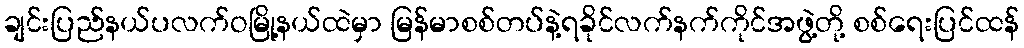
ချင်းပြည်နယ်ပလက်ဝမြို့နယ်ထဲမှာ မြန်မာစစ်တပ်နဲ့ရခိုင်လက်နက်ကိုင်အဖွဲ့တို့ စစ်ရေးပြင်ထန်